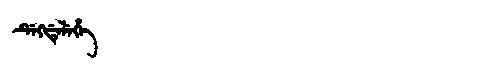
Manchu: ᡩᡝᡴᡩᡝᠯᡝᡥᡝ
Romanization: DEKDELEHE